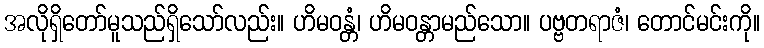
အလိုရှိတော်မူသည်ရှိသော်လည်း။ ဟိမဝန္တံ၊ ဟိမဝန္တာမည်သော။ ပဗ္ဗတရာဇံ၊ တောင်မင်းကို။